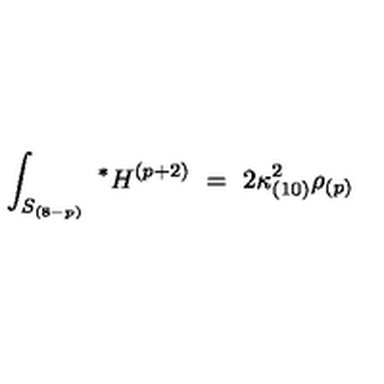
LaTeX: \int _ { S _ { ( 8 - p ) } } \ ^ { * } H ^ { ( p + 2 ) } \ = \ 2 \kappa _ { ( 1 0 ) } ^ { 2 } \rho _ { ( p ) }